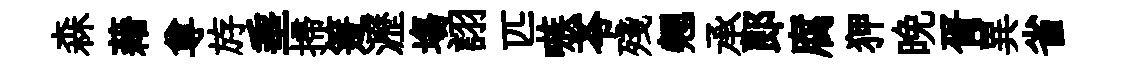
森藉尊斿埀掃箑瀝塲詡匹嗾苓殘翹承郞腐狎晚胥異省